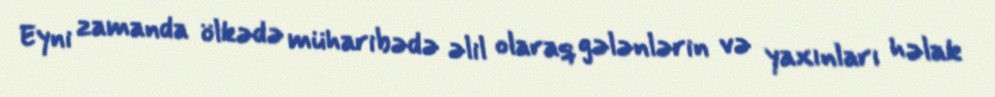
Eyni zamanda ölkədə müharibədə əlil olaraq gələnlərin və yaxınları həlak